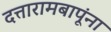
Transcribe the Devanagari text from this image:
दत्तारामबापूंना